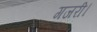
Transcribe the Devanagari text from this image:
गजरी।